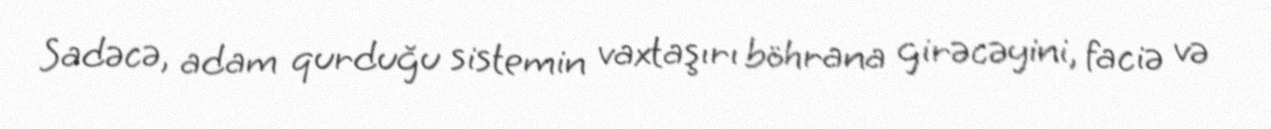
Sadəcə, adam qurduğu sistemin vaxtaşırı böhrana girəcəyini, faciə və